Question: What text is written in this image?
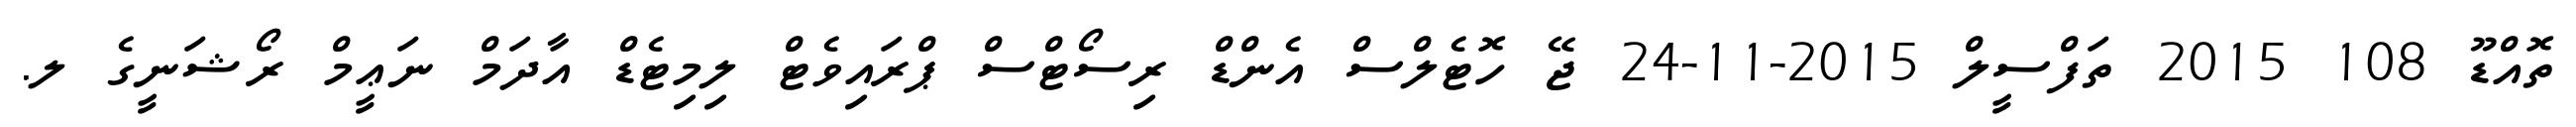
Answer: ތޮއްޑޫ 108 2015 ތަފްސީލް 2015-11-24 ޖޭ ހޮޓެލްސް އެންޑް ރިސޯޓްސް ޕްރައިވެޓް ލިމިޓެޑް އާދަމް ނަޢީމް ރޯޝަނީގެ ލ.